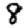
Digit: 8